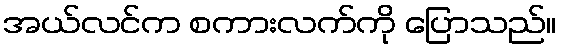
အယ်လင်က စကားလက်ကို ပြောသည်။